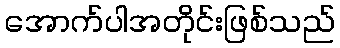
အောက်ပါအတိုင်းဖြစ်သည်